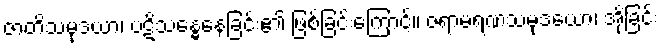
ဇာတိသမုဒယာ၊ ပဋိသန္ဓေနေခြင်း၏ ဖြစ်ခြင်းကြောင့်။ ဇရာမရဏသမုဒယော၊ အိုခြင်း